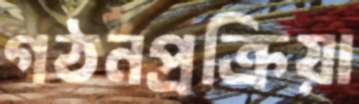
গঠনপ্রক্রিয়া